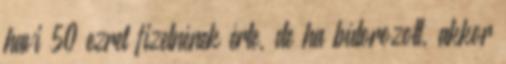
havi 50 ezret fizetnének érte, de ha bútorozott, akkor